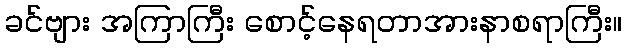
ခင်ဗျား အကြာကြီး စောင့်နေရတာအားနာစရာကြီး။